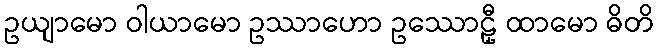
ဥယျာမော ဝါယာမော ဥဿာဟော ဥဿောဠှီ ထာမော ဓိတိ